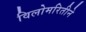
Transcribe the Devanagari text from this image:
विलोमरितीने